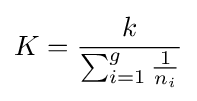
K={\frac {k}{\sum _{i=1}^{g}{\frac {1}{n_{i}}}}}